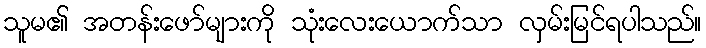
သူမ၏ အတန်းဖော်များကို သုံးလေးယောက်သာ လှမ်းမြင်ရပါသည်။